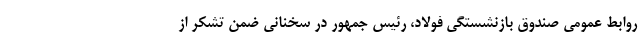
روابط عمومی صندوق بازنشستگی فولاد، رئیس جمهور در سخنانی ضمن تشکر از